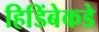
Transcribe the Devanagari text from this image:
हिडिंबेकडे